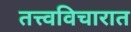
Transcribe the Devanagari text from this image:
तत्त्वविचारात